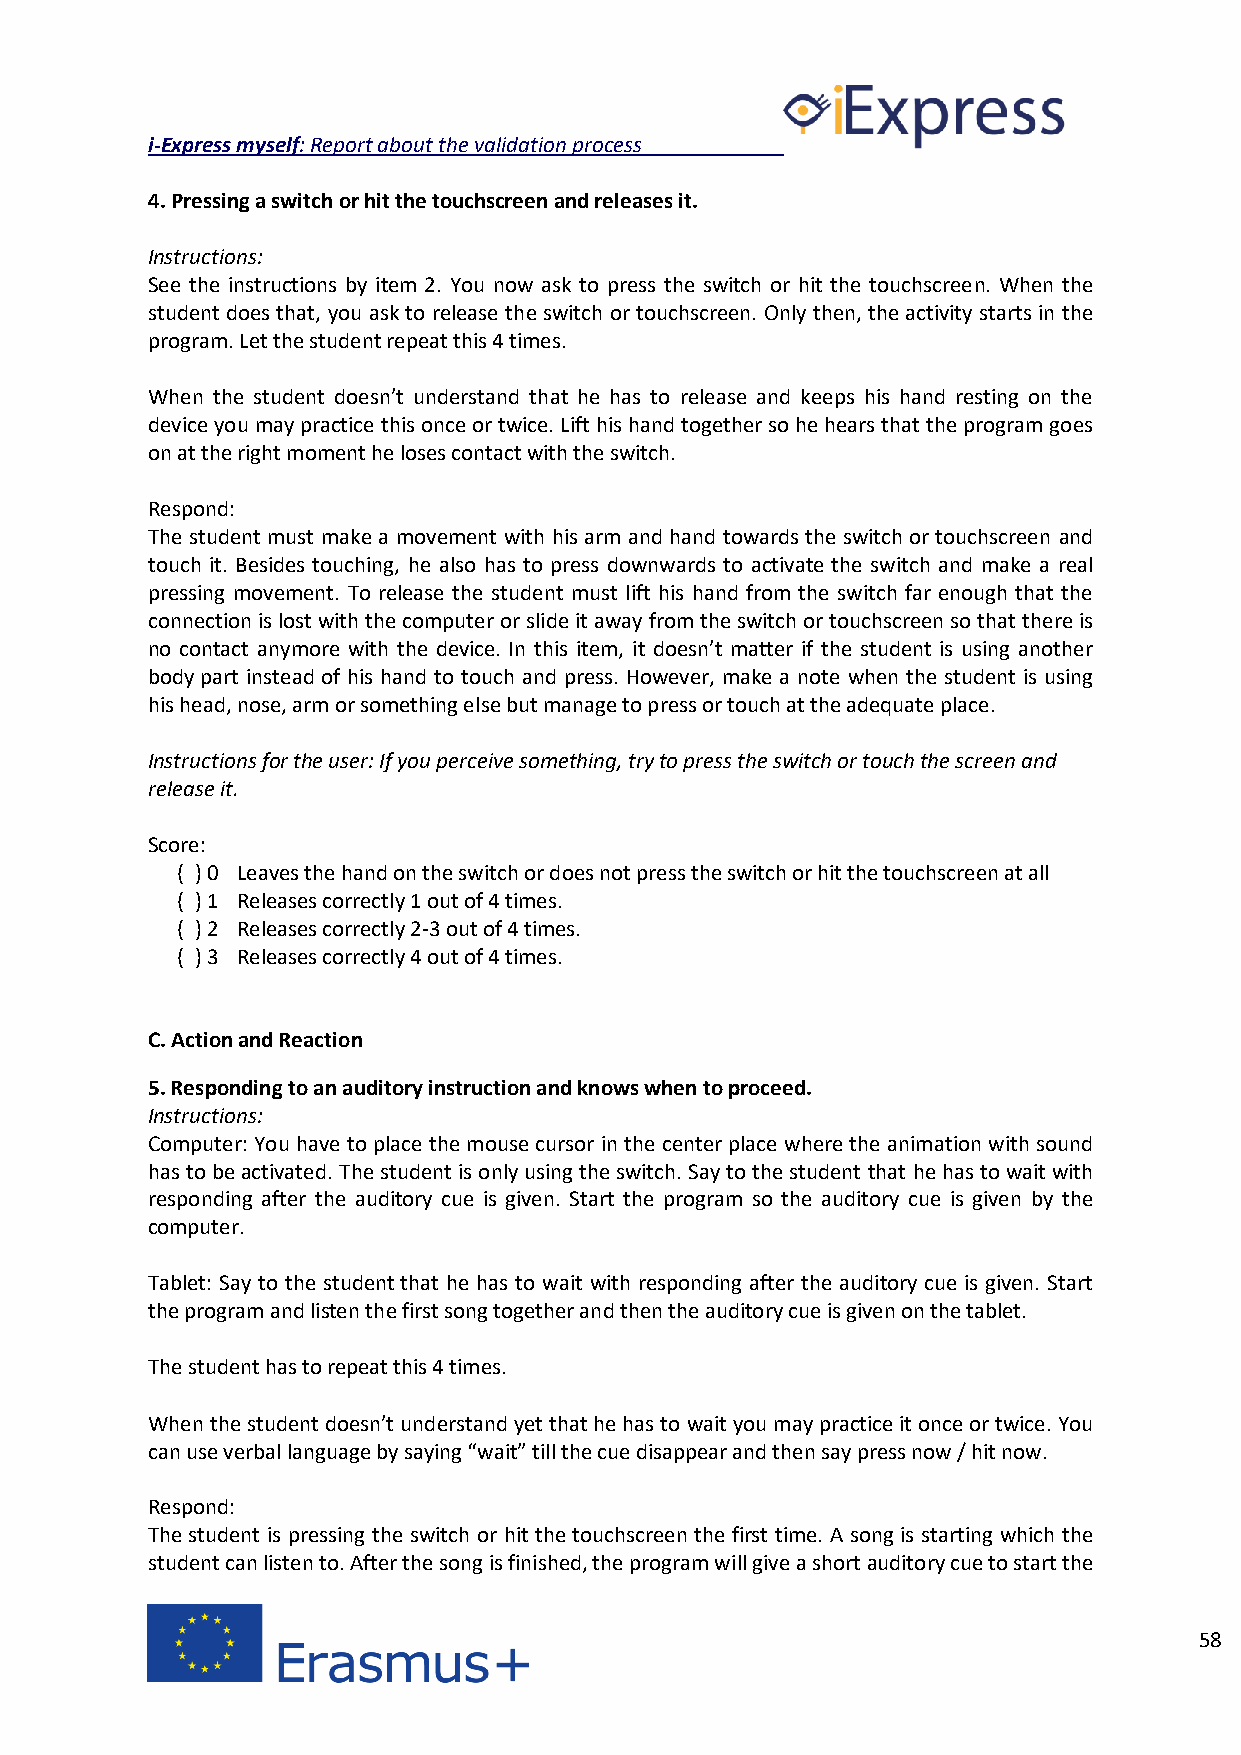
i-Express myself: Report about the validation process
 4. Pressing a switch or hit the touchscreen and releases it.
 Instructions:
 See the instructions by item 2. You now ask to press the switch or hit the touchscreen. When the
 student does that, you ask to release the switch or touchscreen. Only then, the activity starts in the
 program. Let the student repeat this 4 times.
 When the student doesn’t understand that he has to release and keeps his hand resting on the
 device you may practice this once or twice. Lift his hand together so he hears that the program goes
 on at the right moment he loses contact with the switch.
 Respond:
 The student must make a movement with his arm and hand towards the switch or touchscreen and
 touch it. Besides touching, he also has to press downwards to activate the switch and make a real
 pressing movement. To release the student must lift his hand from the switch far enough that the
 connection is lost with the computer or slide it away from the switch or touchscreen so that there is
 no contact anymore with the device. In this item, it doesn’t matter if the student is using another
 body part instead of his hand to touch and press. However, make a note when the student is using
 his head, nose, arm or something else but manage to press or touch at the adequate place.
 Instructions for the user: If you perceive something, try to press the switch or touch the screen and
 release it.
 Score:
 ( ) 0 Leaves the hand on the switch or does not press the switch or hit the touchscreen at all
 ( ) 1 Releases correctly 1 out of 4 times.
 ( ) 2 Releases correctly 2-3 out of 4 times.
 ( ) 3 Releases correctly 4 out of 4 times.
 C. Action and Reaction
 5. Responding to an auditory instruction and knows when to proceed.
 Instructions:
 Computer: You have to place the mouse cursor in the center place where the animation with sound
 has to be activated. The student is only using the switch. Say to the student that he has to wait with
 responding after the auditory cue is given. Start the program so the auditory cue is given by the
 computer.
 Tablet: Say to the student that he has to wait with responding after the auditory cue is given. Start
 the program and listen the first song together and then the auditory cue is given on the tablet.
 The student has to repeat this 4 times.
 When the student doesn’t understand yet that he has to wait you may practice it once or twice. You
 can use verbal language by saying “wait” till the cue disappear and then say press now / hit now.
 Respond:
 The student is pressing the switch or hit the touchscreen the first time. A song is starting which the
 student can listen to. After the song is finished, the program will give a short auditory cue to start the
 58